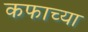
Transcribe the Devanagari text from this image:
कफाच्या